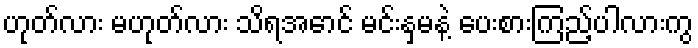
ဟုတ်လား မဟုတ်လား သိရအောင် မင်းနှမနဲ့ ပေးစားကြည့်ပါလားကွ